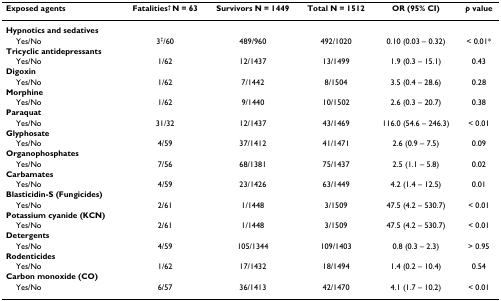
<table><thead><tr><td><b>Exposed agents</b></td><td><b>Fatalities<sup>† </sup>N = 63</b></td><td><b>Survivors N = 1449</b></td><td><b>Total N = 1512</b></td><td><b>OR (95% CI)</b></td><td><b><i>p </i>value</b></td></tr></thead><tbody><tr><td><b>Hypnotics and sedatives</b></td><td></td><td></td><td></td><td></td><td></td></tr><tr><td> Yes/No</td><td>3<sup>‡</sup>/60</td><td>489/960</td><td>492/1020</td><td>0.10 (0.03 – 0.32)</td><td>&lt; 0.01*</td></tr><tr><td><b>Tricyclic antidepressants</b></td><td></td><td></td><td></td><td></td><td></td></tr><tr><td> Yes/No</td><td>1/62</td><td>12/1437</td><td>13/1499</td><td>1.9 (0.3 – 15.1)</td><td>0.43</td></tr><tr><td><b>Digoxin</b></td><td></td><td></td><td></td><td></td><td></td></tr><tr><td> Yes/No</td><td>1/62</td><td>7/1442</td><td>8/1504</td><td>3.5 (0.4 – 28.6)</td><td>0.28</td></tr><tr><td><b>Morphine</b></td><td></td><td></td><td></td><td></td><td></td></tr><tr><td> Yes/No</td><td>1/62</td><td>9/1440</td><td>10/1502</td><td>2.6 (0.3 – 20.7)</td><td>0.38</td></tr><tr><td><b>Paraquat</b></td><td></td><td></td><td></td><td></td><td></td></tr><tr><td> Yes/No</td><td>31/32</td><td>12/1437</td><td>43/1469</td><td>116.0 (54.6 – 246.3)</td><td>&lt; 0.01</td></tr><tr><td><b>Glyphosate</b></td><td></td><td></td><td></td><td></td><td></td></tr><tr><td> Yes/No</td><td>4/59</td><td>37/1412</td><td>41/1471</td><td>2.6 (0.9 – 7.5)</td><td>0.09</td></tr><tr><td><b>Organophosphates</b></td><td></td><td></td><td></td><td></td><td></td></tr><tr><td> Yes/No</td><td>7/56</td><td>68/1381</td><td>75/1437</td><td>2.5 (1.1 – 5.8)</td><td>0.02</td></tr><tr><td><b>Carbamates</b></td><td></td><td></td><td></td><td></td><td></td></tr><tr><td> Yes/No</td><td>4/59</td><td>23/1426</td><td>63/1449</td><td>4.2 (1.4 – 12.5)</td><td>0.01</td></tr><tr><td><b>Blasticidin-S (Fungicides)</b></td><td></td><td></td><td></td><td></td><td></td></tr><tr><td> Yes/No</td><td>2/61</td><td>1/1448</td><td>3/1509</td><td>47.5 (4.2 – 530.7)</td><td>&lt; 0.01</td></tr><tr><td><b>Potassium cyanide (KCN)</b></td><td></td><td></td><td></td><td></td><td></td></tr><tr><td> Yes/No</td><td>2/61</td><td>1/1448</td><td>3/1509</td><td>47.5 (4.2 – 530.7)</td><td>&lt; 0.01</td></tr><tr><td><b>Detergents</b></td><td></td><td></td><td></td><td></td><td></td></tr><tr><td> Yes/No</td><td>4/59</td><td>105/1344</td><td>109/1403</td><td>0.8 (0.3 – 2.3)</td><td>&gt; 0.95</td></tr><tr><td><b>Rodenticides</b></td><td></td><td></td><td></td><td></td><td></td></tr><tr><td> Yes/No</td><td>1/62</td><td>17/1432</td><td>18/1494</td><td>1.4 (0.2 – 10.4)</td><td>0.54</td></tr><tr><td><b>Carbon monoxide (CO)</b></td><td></td><td></td><td></td><td></td><td></td></tr><tr><td> Yes/No</td><td>6/57</td><td>36/1413</td><td>42/1470</td><td>4.1 (1.7 – 10.2)</td><td>&lt; 0.01</td></tr></tbody></table>